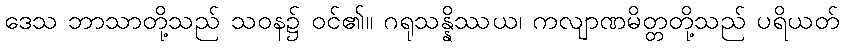
ဒေသ ဘာသာတို့သည် သဝန၌ ဝင်၏။ ဂရုသန္နိဿယ၊ ကလျာဏမိတ္တတို့သည် ပရိယတ်